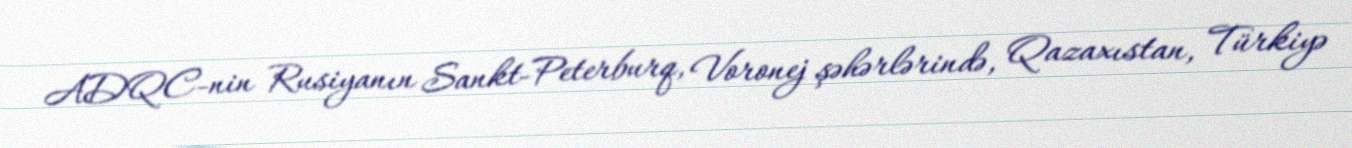
ADQC-nin Rusiyanın Sankt-Peterburq, Voronej şəhərlərində, Qazaxıstan, Türkiyə